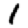
Digit: 1